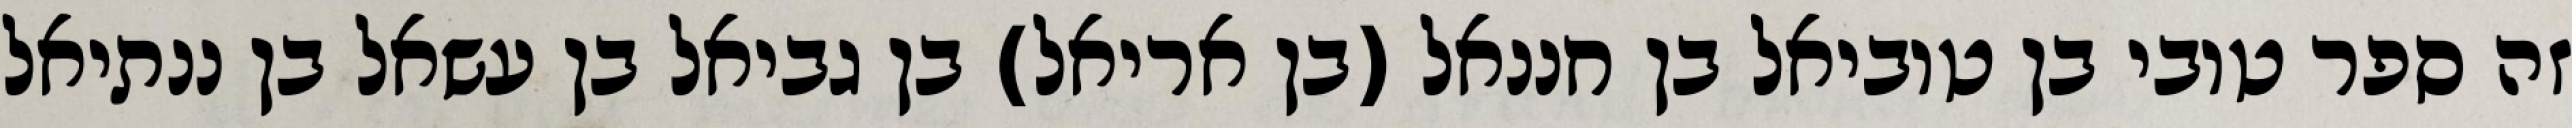
זה ספר טובי בן טוביאל בן חננאל (בן אריאל) בן גביאל בן עשאל בן ננתיאל